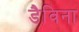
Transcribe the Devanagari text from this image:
डैविना